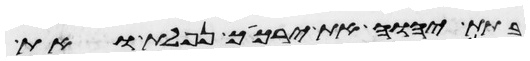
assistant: בתת יהוה את ירכיך נפלת ואת